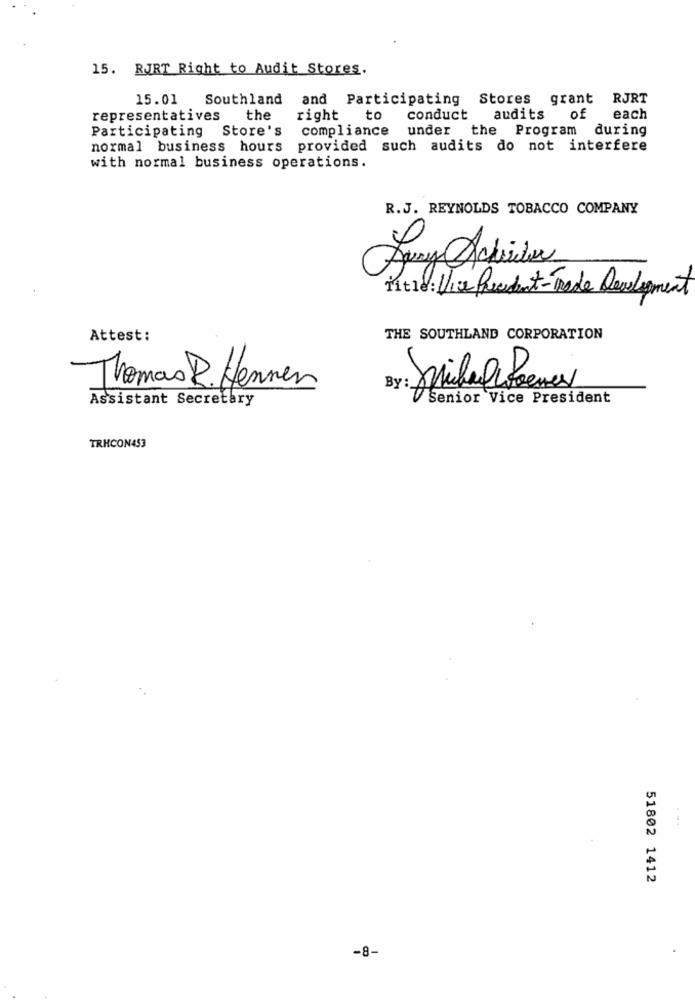
15. RJRT Right to Audit Stores.
15.01 Southland and Participating Stores grant RJRT
representatives
the
right to
conduct
audits of each
Participating Store's
compliance under the Program during
normal business hours provided such audits do not interfere
with normal business operations.
R.J. REYNOLDS TOBACCO COMPANY
Title : Vice President-Trade Development
Attest:
THE SOUTHLAND CORPORATION
Thomas R.Hennen
By: Michel Foener
Assistant Secretary
V Senior Vice President
TRHCON453
51802 1412
-8-